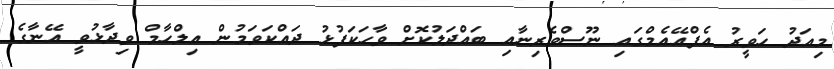
މިއަދު ހަވީރު އެފްއޭއެމްގައި ނޫސްވެރިނާއި ބައްދަލުކޮށް ވާހަކަފުޅު ދައްކަވަމުން އިލްހާމް ވިދާޅުވީ އޭނާގެ